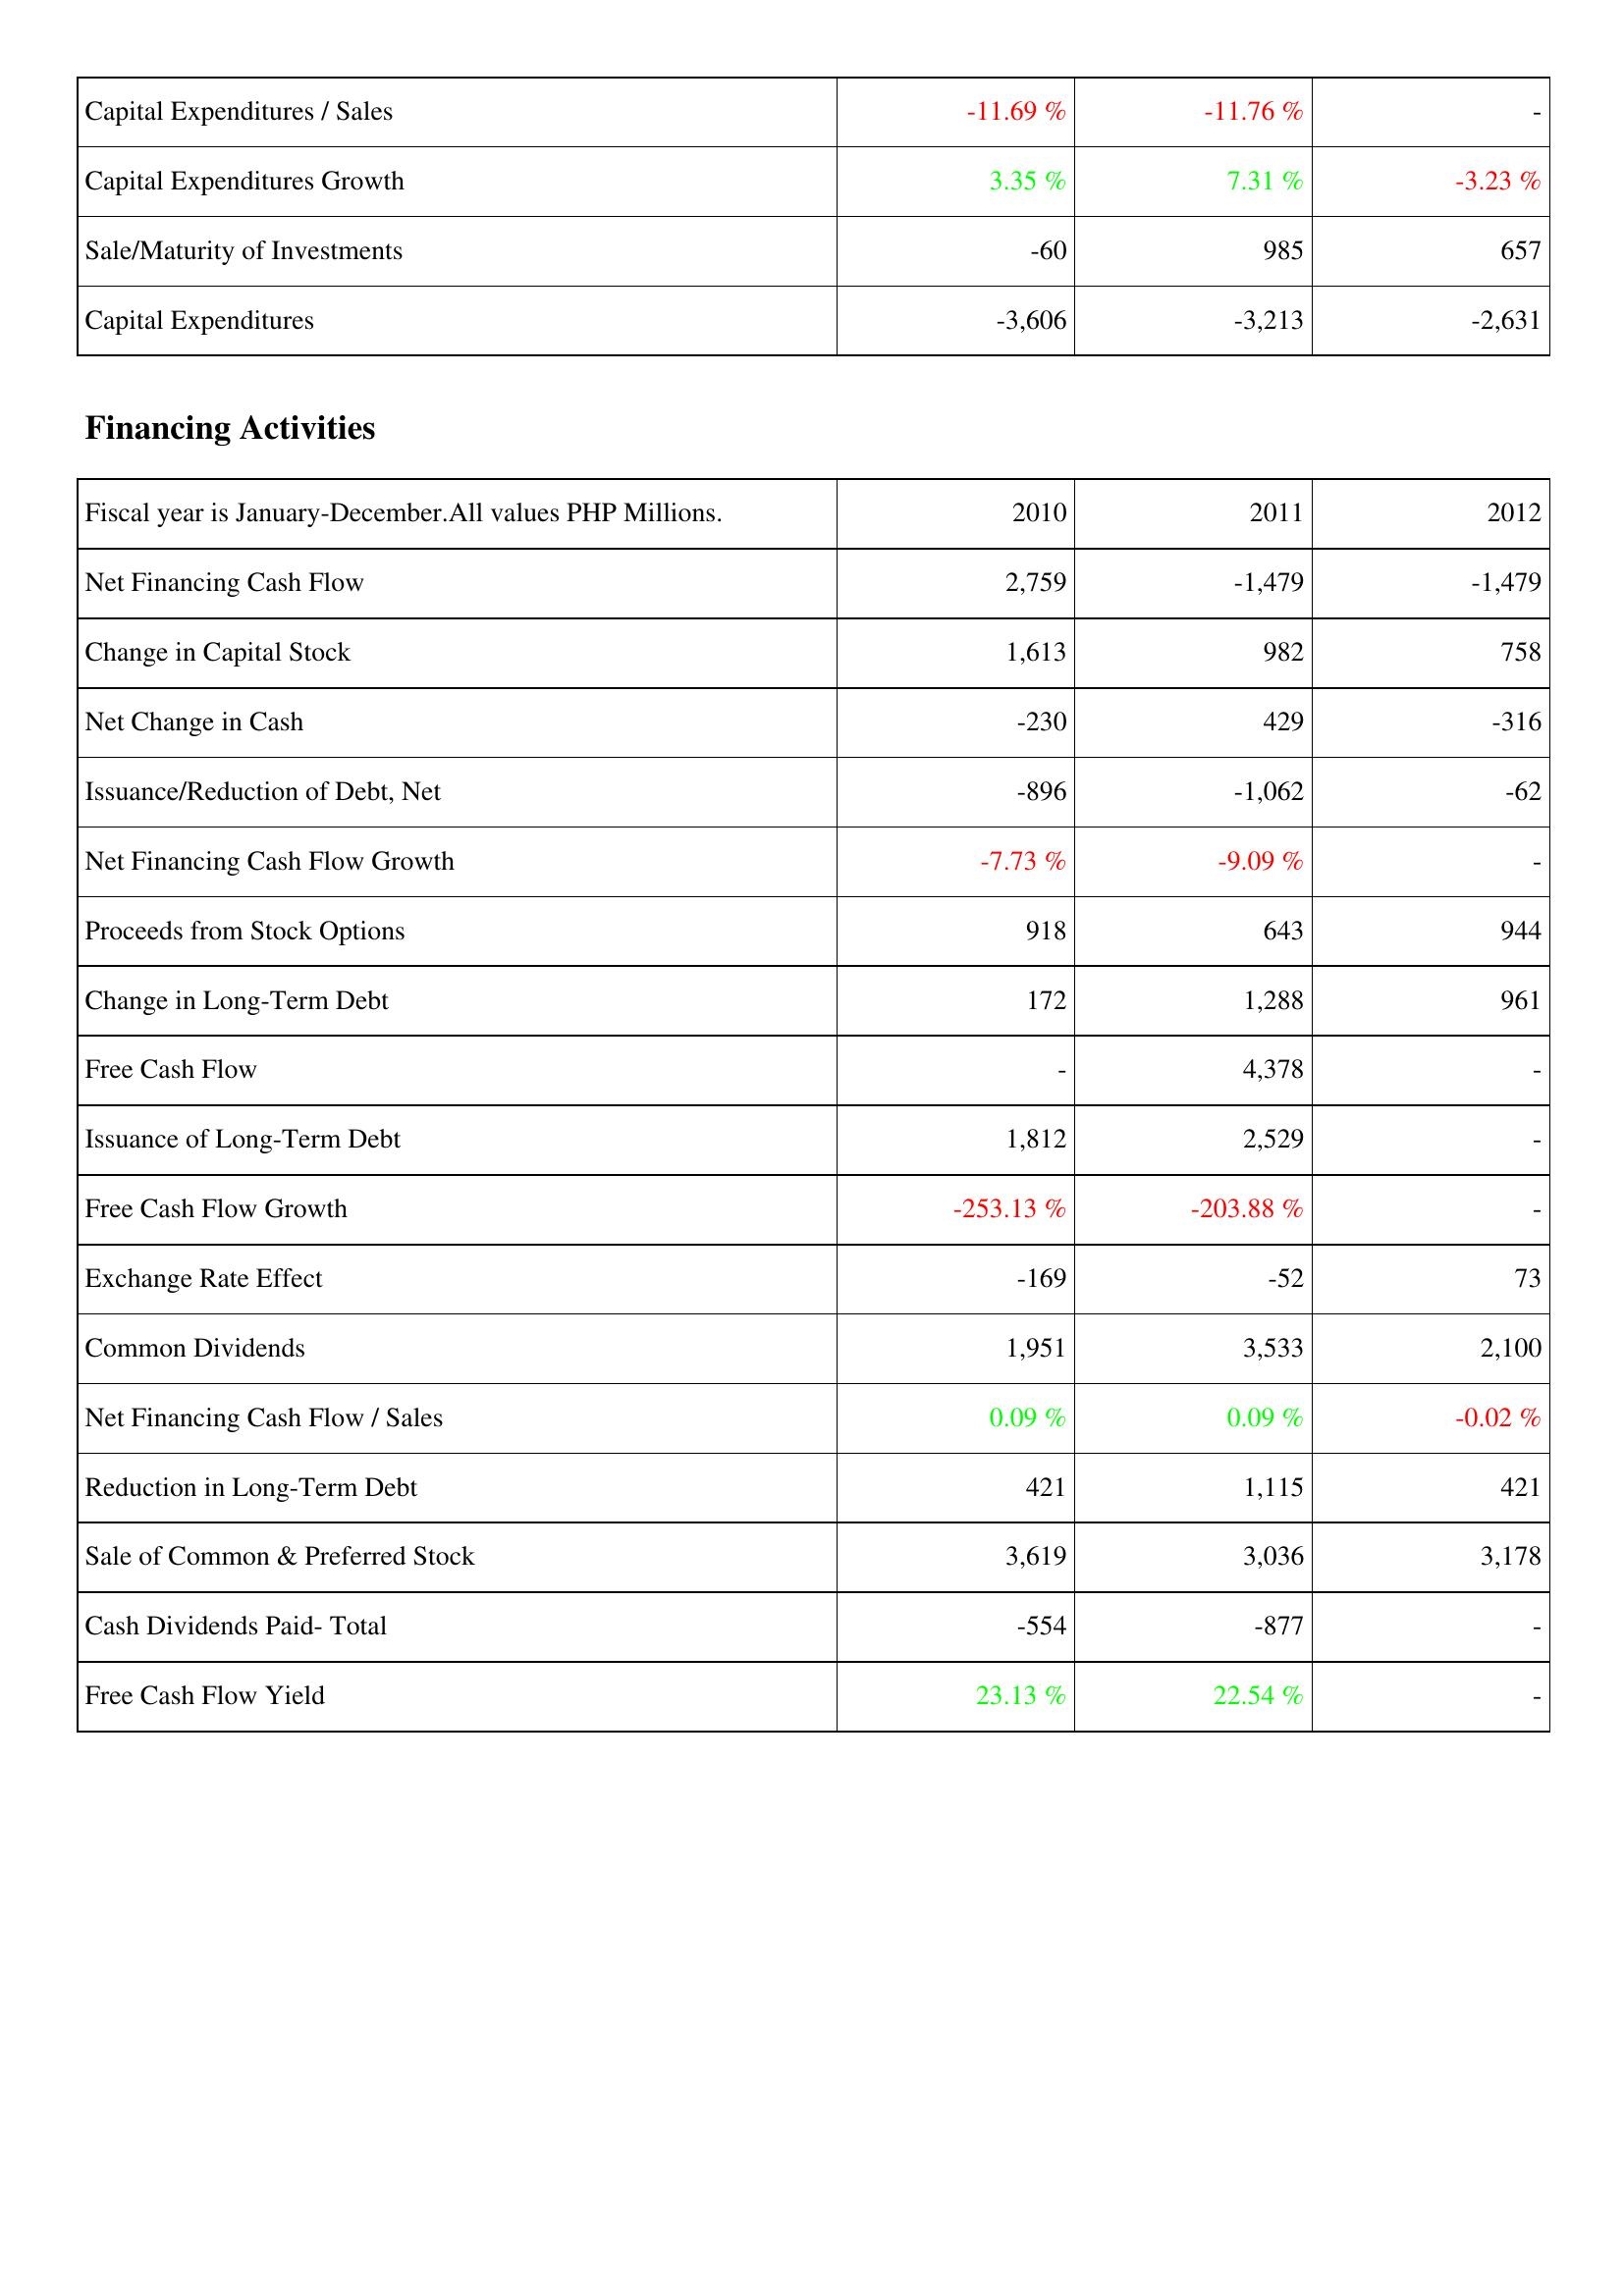
2010: Investing Activities: Capital Expenditures / Sales: -11.69 %
Capital Expenditures Growth: 3.35 %
Sale/Maturity of Investments: -60
Capital Expenditures: -3,606
Financing Activities: Net Financing Cash Flow: 2,759
Change in Capital Stock: 1,613
Net Change in Cash: -230
Issuance/Reduction of Debt, Net: -896
Net Financing Cash Flow Growth: -7.73 %
Proceeds from Stock Options: 918
Change in Long-Term Debt: 172
Free Cash Flow: -
Issuance of Long-Term Debt: 1,812
Free Cash Flow Growth: -253.13 %
Exchange Rate Effect: -169
Common Dividends: 1,951
Net Financing Cash Flow / Sales: 0.09 %
Reduction in Long-Term Debt: 421
Sale of Common & Preferred Stock: 3,619
Cash Dividends Paid- Total: -554
Free Cash Flow Yield: 23.13 %
2011: Investing Activities: Capital Expenditures / Sales: -11.76 %
Capital Expenditures Growth: 7.31 %
Sale/Maturity of Investments: 985
Capital Expenditures: -3,213
Financing Activities: Net Financing Cash Flow: -1,479
Change in Capital Stock: 982
Net Change in Cash: 429
Issuance/Reduction of Debt, Net: -1,062
Net Financing Cash Flow Growth: -9.09 %
Proceeds from Stock Options: 643
Change in Long-Term Debt: 1,288
Free Cash Flow: 4,378
Issuance of Long-Term Debt: 2,529
Free Cash Flow Growth: -203.88 %
Exchange Rate Effect: -52
Common Dividends: 3,533
Net Financing Cash Flow / Sales: 0.09 %
Reduction in Long-Term Debt: 1,115
Sale of Common & Preferred Stock: 3,036
Cash Dividends Paid- Total: -877
Free Cash Flow Yield: 22.54 %
2012: Investing Activities: Capital Expenditures / Sales: -
Capital Expenditures Growth: -3.23 %
Sale/Maturity of Investments: 657
Capital Expenditures: -2,631
Financing Activities: Net Financing Cash Flow: -1,479
Change in Capital Stock: 758
Net Change in Cash: -316
Issuance/Reduction of Debt, Net: -62
Net Financing Cash Flow Growth: -
Proceeds from Stock Options: 944
Change in Long-Term Debt: 961
Free Cash Flow: -
Issuance of Long-Term Debt: -
Free Cash Flow Growth: -
Exchange Rate Effect: 73
Common Dividends: 2,100
Net Financing Cash Flow / Sales: -0.02 %
Reduction in Long-Term Debt: 421
Sale of Common & Preferred Stock: 3,178
Cash Dividends Paid- Total: -
Free Cash Flow Yield: -